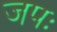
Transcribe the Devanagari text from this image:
जपः